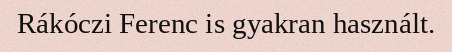
Rákóczi Ferenc is gyakran használt.